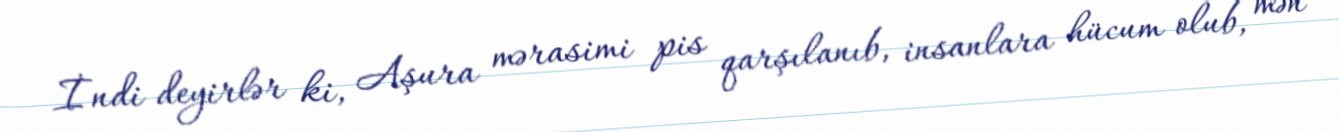
İndi deyirlər ki, Aşura mərasimi pis qarşılanıb, insanlara hücum olub, mən